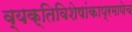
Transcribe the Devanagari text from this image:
व्यक्तिविशेषांकाप्रमाणेच